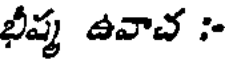
భీష్మ ఉవాచ :-